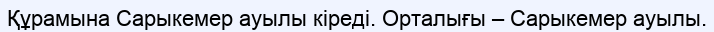
Құрамына Сарыкемер ауылы кіреді. Орталығы – Сарыкемер ауылы.